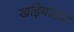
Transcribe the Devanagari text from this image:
खड़ियाठार